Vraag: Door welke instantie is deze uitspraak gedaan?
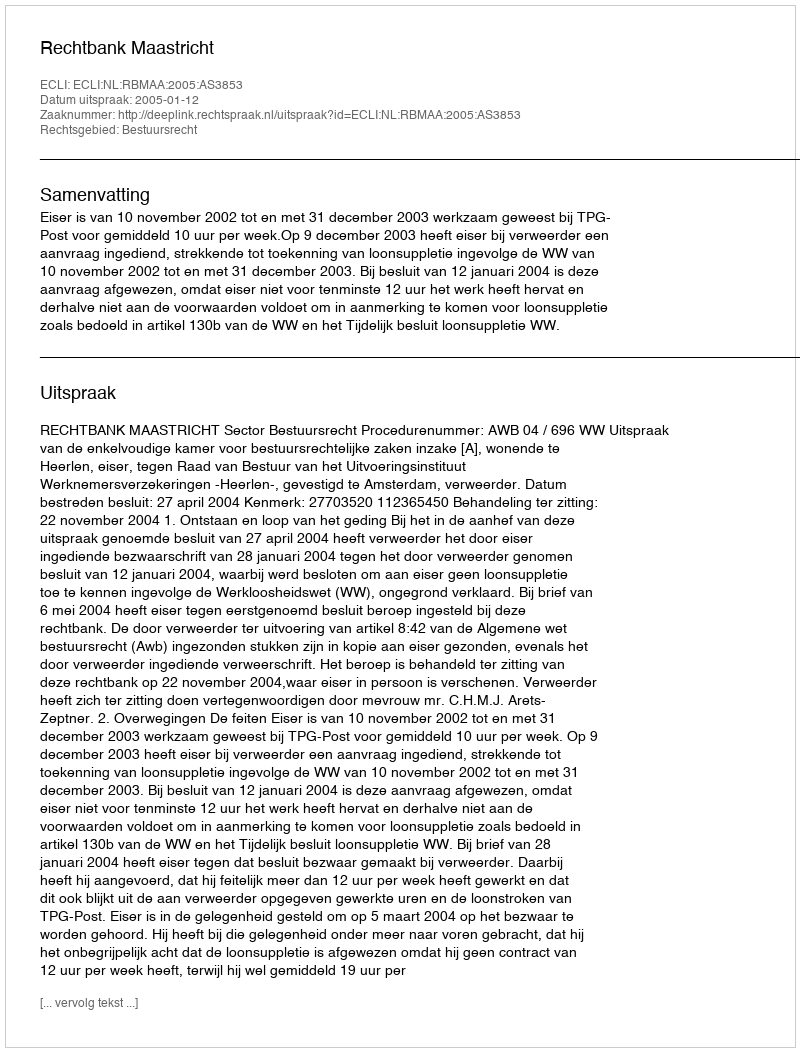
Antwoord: Rechtbank Maastricht